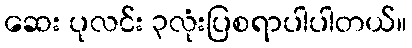
ဆေး ပုလင်း ၃လုံးပြစရာပါပါတယ်။